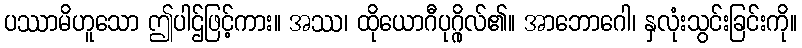
ပဿာမိဟူသော ဤပါဌ်ဖြင့်ကား။ အဿ၊ ထိုယောဂီပုဂ္ဂိုလ်၏။ အာဘောဂေါ၊ နှလုံးသွင်းခြင်းကို။